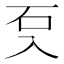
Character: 𭀽